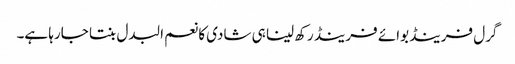
گرل فرینڈ بوائے فرینڈ رکھ لینا ہی شادی کا نعم البدل بنتا جارہا ہے۔